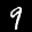
Label: 9